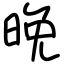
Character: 晚